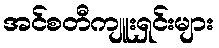
အင်စတီကျူးရှင်းများ